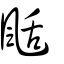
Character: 颳